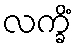
လက္ခိံ